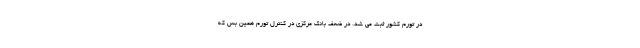
در تورم کشور ثبت می شد. در ضعف بانک مرکزی در کنترل تورم همین بس که